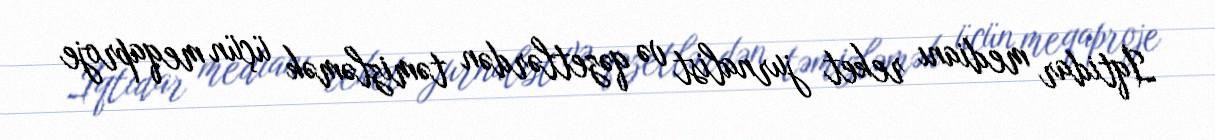
İqtidar medianı reket jurnalist və qəzetlərdən təmizləmək üçün meqaproje